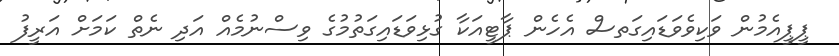
ޕީޕީއެމުން ވަކިވެވަޑައިގަތސް އެހެން ޕާޓީއަކާ ގުޅިވަޑައިގަތުމުގެ ވިސްނުމެއް އަދި ނެތް ކަމަށް އަރީފު